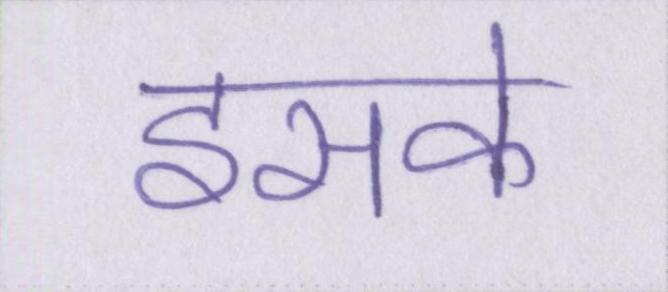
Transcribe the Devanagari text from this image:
इसके